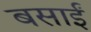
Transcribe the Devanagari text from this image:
बसाईं